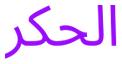
الحكر